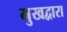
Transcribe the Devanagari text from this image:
मुखद्वारा